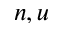
n , u